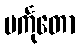
မင်္ကုတော